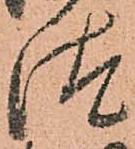
汰